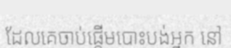
ដែលគេចាប់ផ្តើមបោះបង់អ្នក នៅ